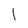
Character: 1